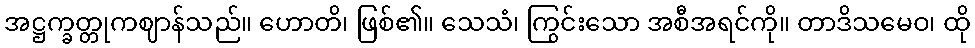
အဋ္ဌက္ခတ္တုကဈာန်သည်။ ဟောတိ၊ ဖြစ်၏။ သေသံ၊ ကြွင်းသော အစီအရင်ကို။ တာဒိသမေဝ၊ ထို